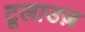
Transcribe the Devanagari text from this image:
टूलाउज़